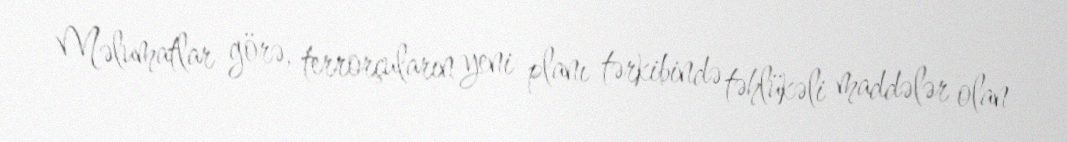
Məlumatlar görə, terrorçuların yeni planı tərkibində təhlükəli maddələr olan